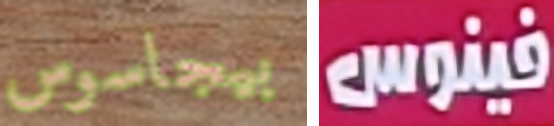
بيجاسوس فينوس